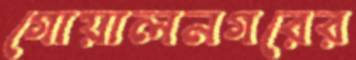
গোয়ালনগরের